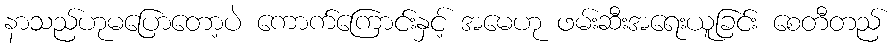
နာသည်ဟုမပြောတော့ပဲ ကောက်ကြောင်းနှင့် အမေဟု ဖမ်းဆီးအရေးယူခြင်း စေတီတည်